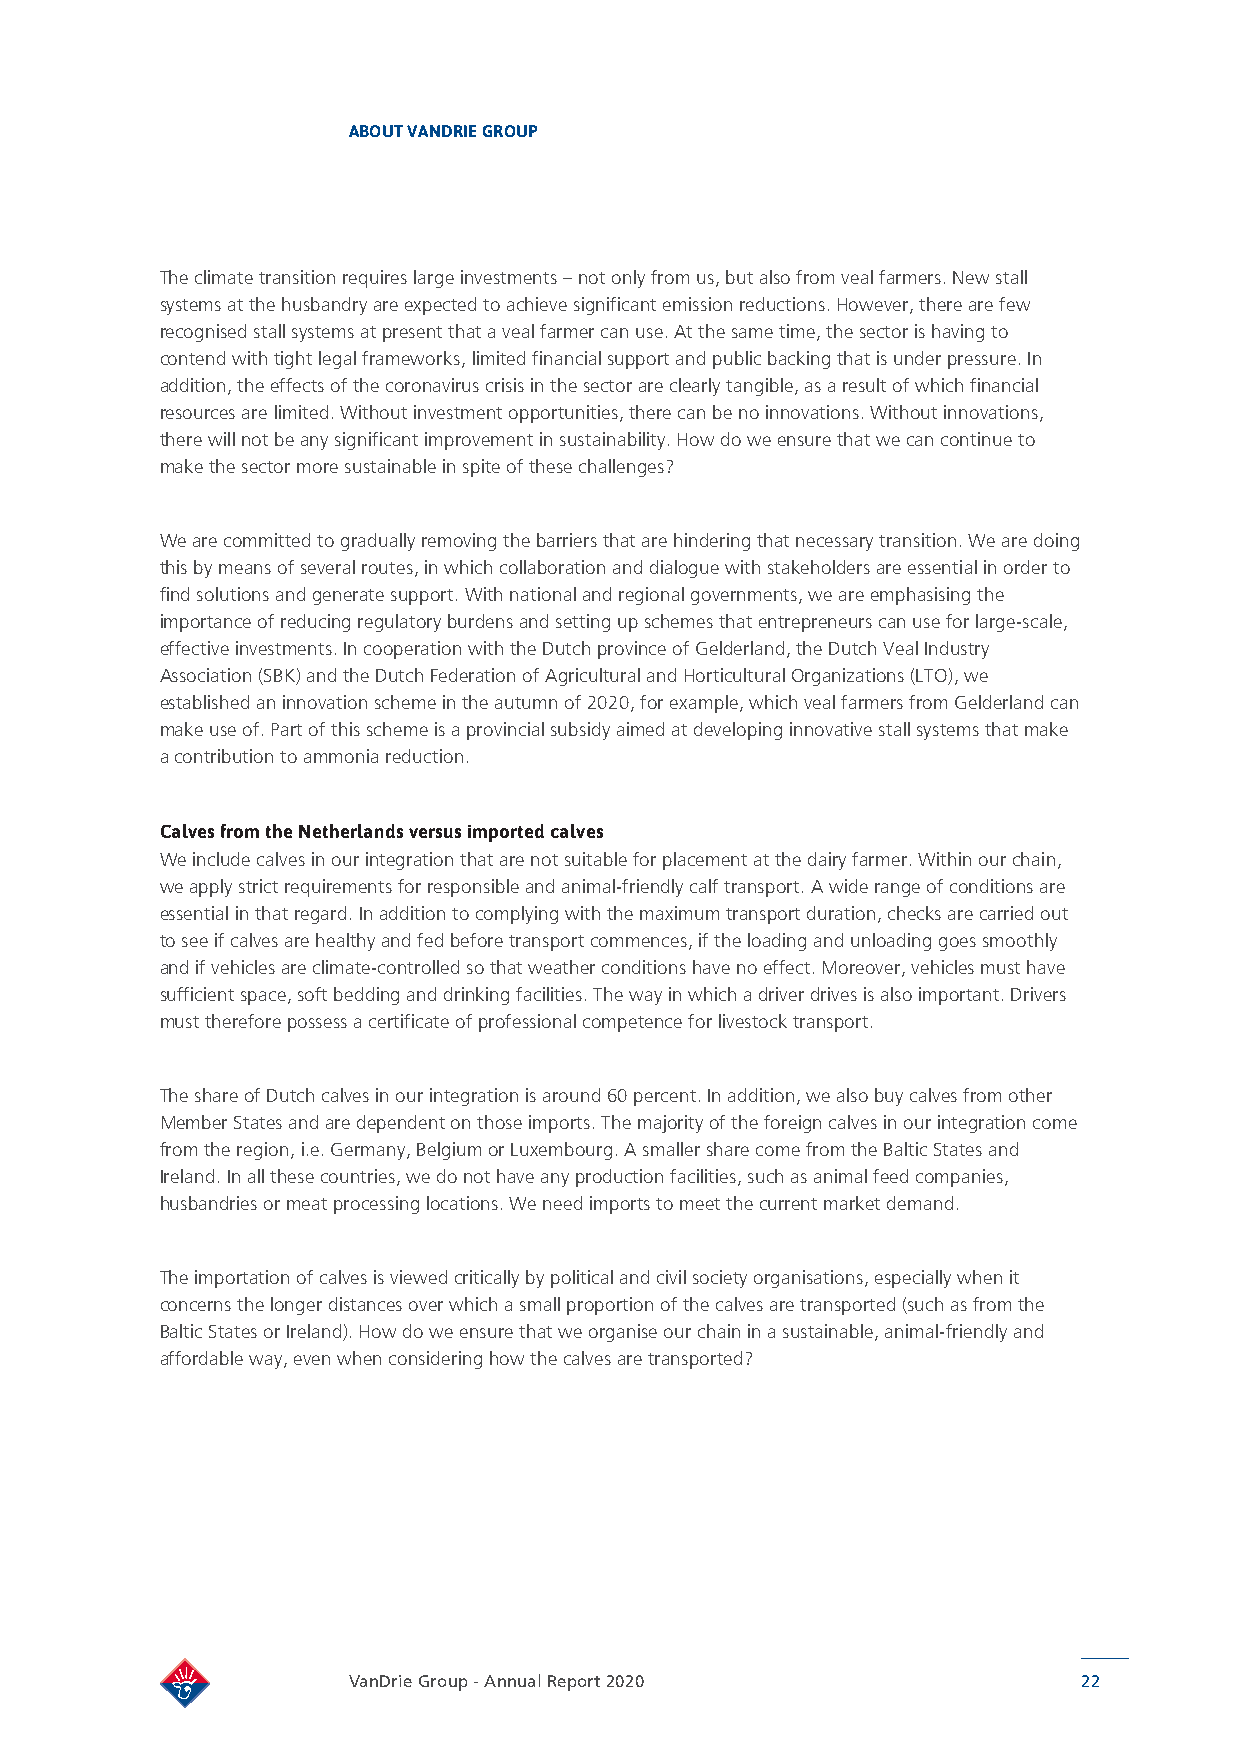
ABOUT VANDRIE GROUP
 The climate transition requires large investments – not only from us, but also from veal farmers. New stall
 systems at the husbandry are expected to achieve significant emission reductions. However, there are few
 recognised stall systems at present that a veal farmer can use. At the same time, the sector is having to
 contend with tight legal frameworks, limited financial support and public backing that is under pressure. In
 addition, the effects of the coronavirus crisis in the sector are clearly tangible, as a result of which financial
 resources are limited. Without investment opportunities, there can be no innovations. Without innovations,
 there will not be any significant improvement in sustainability. How do we ensure that we can continue to
 make the sector more sustainable in spite of these challenges?
 We are committed to gradually removing the barriers that are hindering that necessary transition. We are doing
 this by means of several routes, in which collaboration and dialogue with stakeholders are essential in order to
 find solutions and generate support. With national and regional governments, we are emphasising the
 importance of reducing regulatory burdens and setting up schemes that entrepreneurs can use for large-scale,
 effective investments. In cooperation with the Dutch province of Gelderland, the Dutch Veal Industry
 Association (SBK) and the Dutch Federation of Agricultural and Horticultural Organizations (LTO), we
 established an innovation scheme in the autumn of 2020, for example, which veal farmers from Gelderland can
 make use of. Part of this scheme is a provincial subsidy aimed at developing innovative stall systems that make
 a contribution to ammonia reduction.
 Calves from the Netherlands versus imported calves
 We include calves in our integration that are not suitable for placement at the dairy farmer. Within our chain,
 we apply strict requirements for responsible and animal-friendly calf transport. A wide range of conditions are
 essential in that regard. In addition to complying with the maximum transport duration, checks are carried out
 to see if calves are healthy and fed before transport commences, if the loading and unloading goes smoothly
 and if vehicles are climate-controlled so that weather conditions have no effect. Moreover, vehicles must have
 sufficient space, soft bedding and drinking facilities. The way in which a driver drives is also important. Drivers
 must therefore possess a certificate of professional competence for livestock transport.
 The share of Dutch calves in our integration is around 60 percent. In addition, we also buy calves from other
 Member States and are dependent on those imports. The majority of the foreign calves in our integration come
 from the region, i.e. Germany, Belgium or Luxembourg. A smaller share come from the Baltic States and
 Ireland. In all these countries, we do not have any production facilities, such as animal feed companies,
 husbandries or meat processing locations. We need imports to meet the current market demand.
 The importation of calves is viewed critically by political and civil society organisations, especially when it
 concerns the longer distances over which a small proportion of the calves are transported (such as from the
 Baltic States or Ireland). How do we ensure that we organise our chain in a sustainable, animal-friendly and
 affordable way, even when considering how the calves are transported?
 VanDrie Group - Annual Report 2020               22